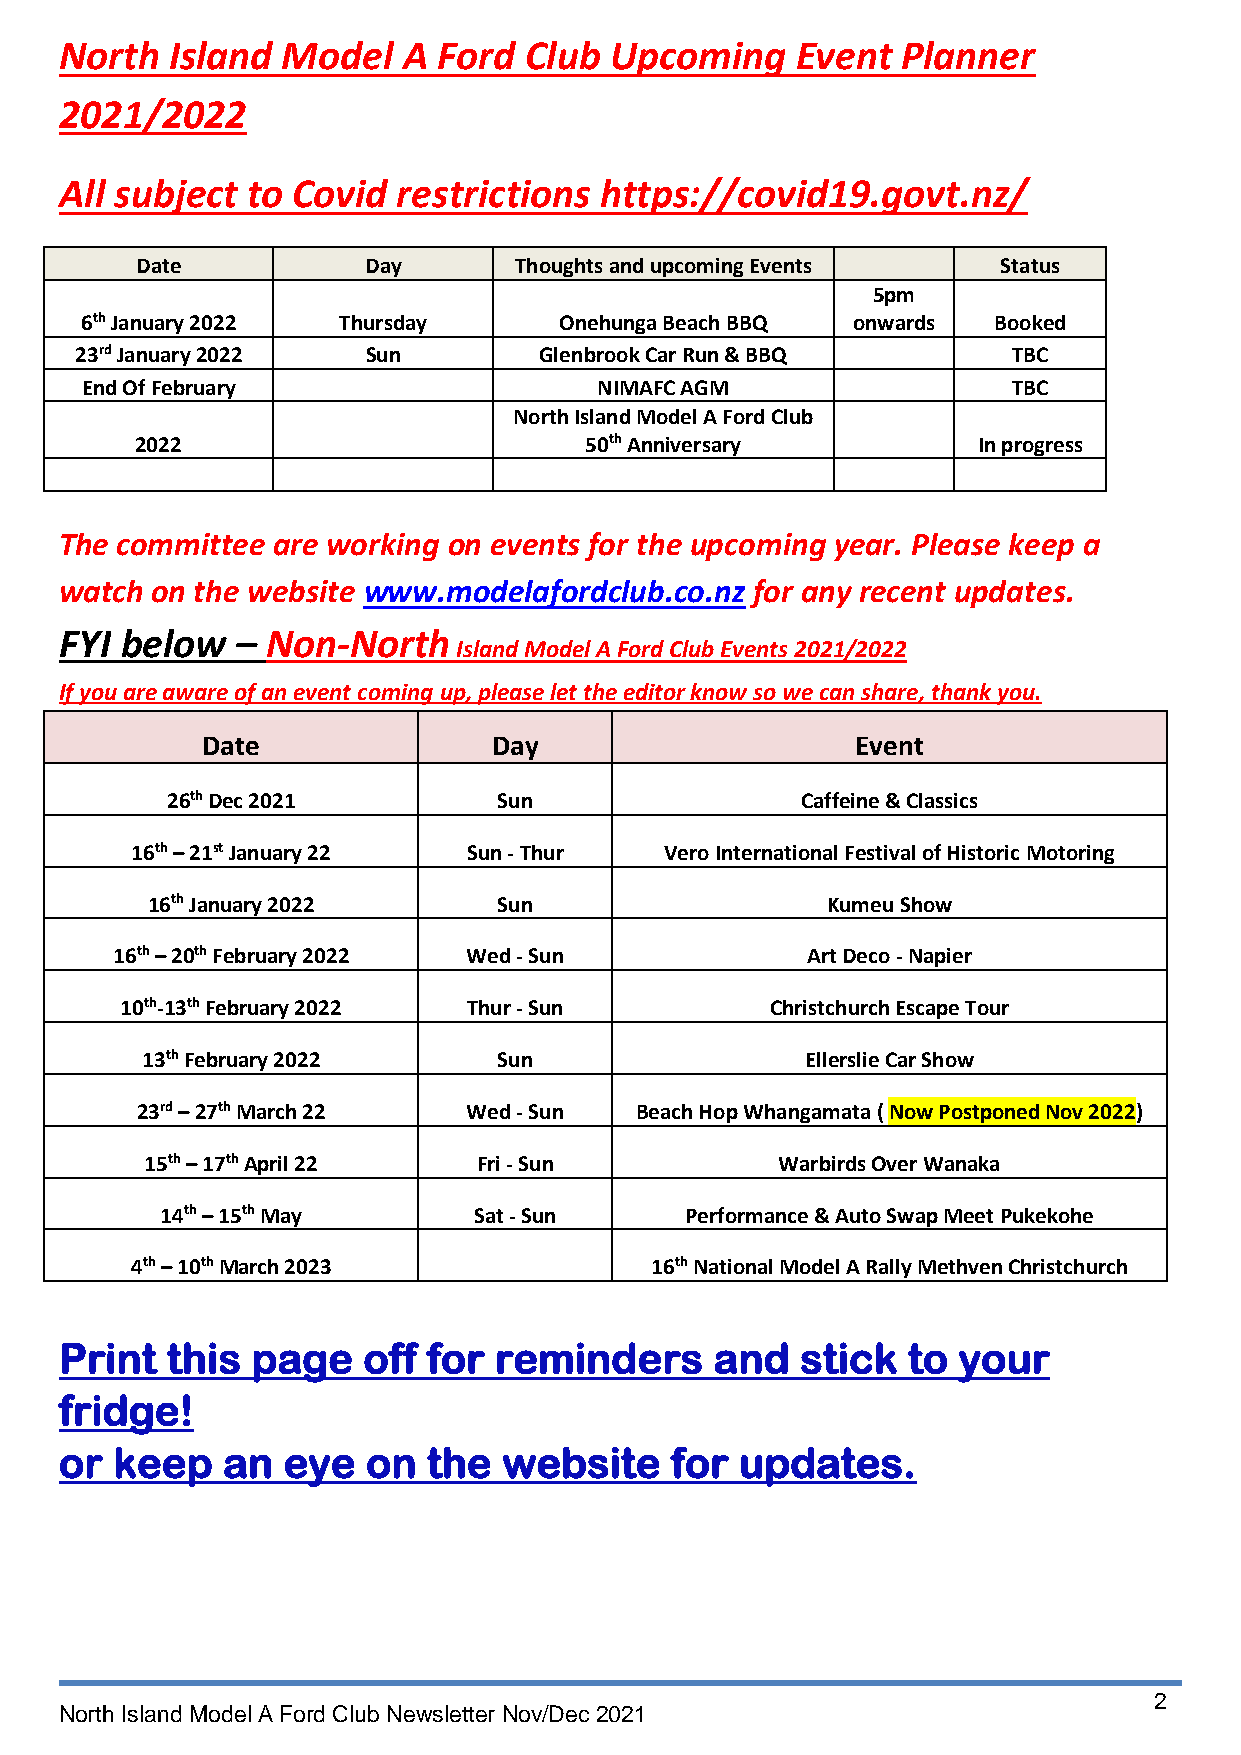
North  Island  Model   A Ford  Club Upcoming     Event  Planner
 2021/2022
 All subject to Covid  restrictions  https://covid19.govt.nz/
 Date           Day       Thoughts and upcoming Events    Status
 5pm
 6th January 2022 Thursday       Onehunga Beach BBQ onwards   Booked
 23rd January 2022  Sun         Glenbrook Car Run & BBQ        TBC
 End Of February                    NIMAFC AGM                 TBC
 North Island Model A Ford Club
 2022                          50th Anniversary          In progress
 The committee are working on events for the upcoming year. Please keep a
 watch on the website www.modelafordclub.co.nz for any recent updates.
 FYI below   – Non-North
 Island Model A Ford Club Events 2021/2022
 If you are aware of an event coming up, please let the editor know so we can share, thank you.
 Date                Day                     Event
 26th Dec 2021         Sun                 Caffeine & Classics
 16th – 21st January 22 Sun - Thur  Vero International Festival of Historic Motoring
 16th January 2022      Sun                   Kumeu Show
 16th – 20th February 2022 Wed - Sun           Art Deco - Napier
 10th-13th February 2022 Thur - Sun         Christchurch Escape Tour
 13th February 2022      Sun                 Ellerslie Car Show
 23rd – 27th March 22  Wed - Sun  Beach Hop Whangamata ( Now Postponed Nov 2022)
 15th – 17th April 22  Fri - Sun           Warbirds Over Wanaka
 14th – 15th May     Sat - Sun     Performance & Auto Swap Meet Pukekohe
 4th – 10th March 2023             16th National Model A Rally Methven Christchurch
 Print  this  page   off for  reminders     and   stick  to your
 fridge!
 or keep    an  eye  on  the  website    for  updates.
 2
 North Island Model A Ford Club Newsletter Nov/Dec 2021